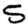
Digit: 5